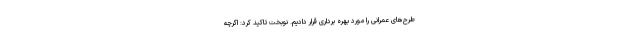
طرح‌های عمرانی را مورد بهره برداری قرار دادیم. نوبخت تاکید کرد: اگرچه